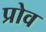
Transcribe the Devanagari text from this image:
प्रोव